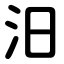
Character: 汨